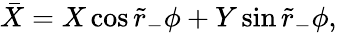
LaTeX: \bar{X}=X\cos\tilde{r}_{-}\phi+Y\sin\tilde{r}_{-}\phi,